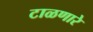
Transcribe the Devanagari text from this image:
टाळणारे